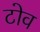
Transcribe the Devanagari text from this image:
टोव